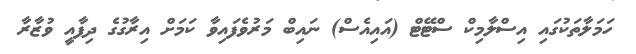
ހަމަލާތަކުގައި އިސްލާމިކް ސްޓޭޓް (އައިއެސް) ނައިބް މަރުވެފައިވާ ކަމަށް އިރާގުގެ ދިފާއީ ވުޒާރާ